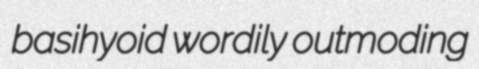
basihyoid wordily outmoding